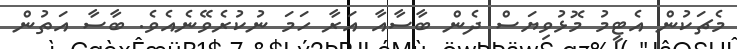
މެޗަކުން އެޓީމު މޮޅުވިޔަސް ދެން ބާސާއާ އަރާ ހަމަ ނުކުރެވޭނެއެވެ. ބާސާ އަތުން